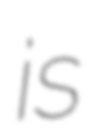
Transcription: is